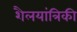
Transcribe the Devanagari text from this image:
शैलयांत्रिकी